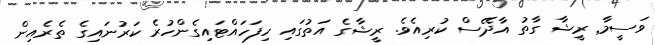
ވަސީމާ